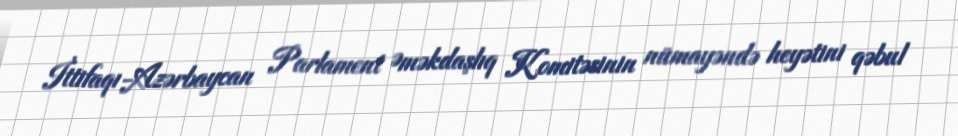
İttifaqı-Azərbaycan Parlament Əməkdaşlıq Komitəsinin nümayəndə heyətini qəbul